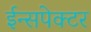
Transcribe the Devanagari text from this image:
ईन्सपेक्टर